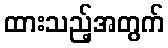
ထားသည့်အတွက်